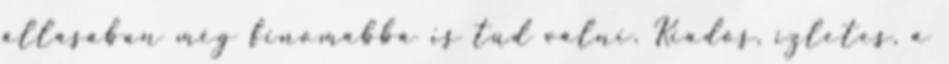
állásában még finomabbá is tud válni. Kiadós, ízletes, a